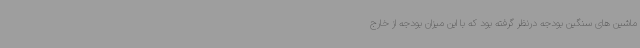
ماشین های سنگین بودجه درنظر گرفته بود که با این میزان بودجه از خارج